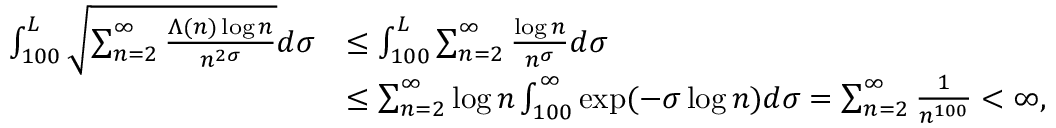
\begin{array} { r l } { \int _ { 1 0 0 } ^ { L } \sqrt { \sum _ { n = 2 } ^ { \infty } \frac { \Lambda ( n ) \log n } { n ^ { 2 \sigma } } } d \sigma } & { \leq \int _ { 1 0 0 } ^ { L } \sum _ { n = 2 } ^ { \infty } \frac { \log n } { n ^ { \sigma } } d \sigma } \\ & { \leq \sum _ { n = 2 } ^ { \infty } \log n \int _ { 1 0 0 } ^ { \infty } \exp ( - \sigma \log n ) d \sigma = \sum _ { n = 2 } ^ { \infty } \frac { 1 } { n ^ { 1 0 0 } } < \infty , } \end{array}